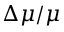
\Delta \mu / \mu